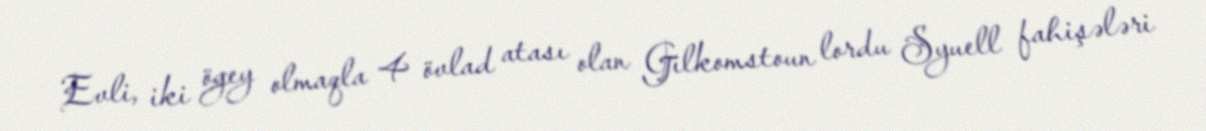
Evli, iki ögey olmaqla 4 övlad atası olan Gilkomstoun lordu Syuell fahişələri